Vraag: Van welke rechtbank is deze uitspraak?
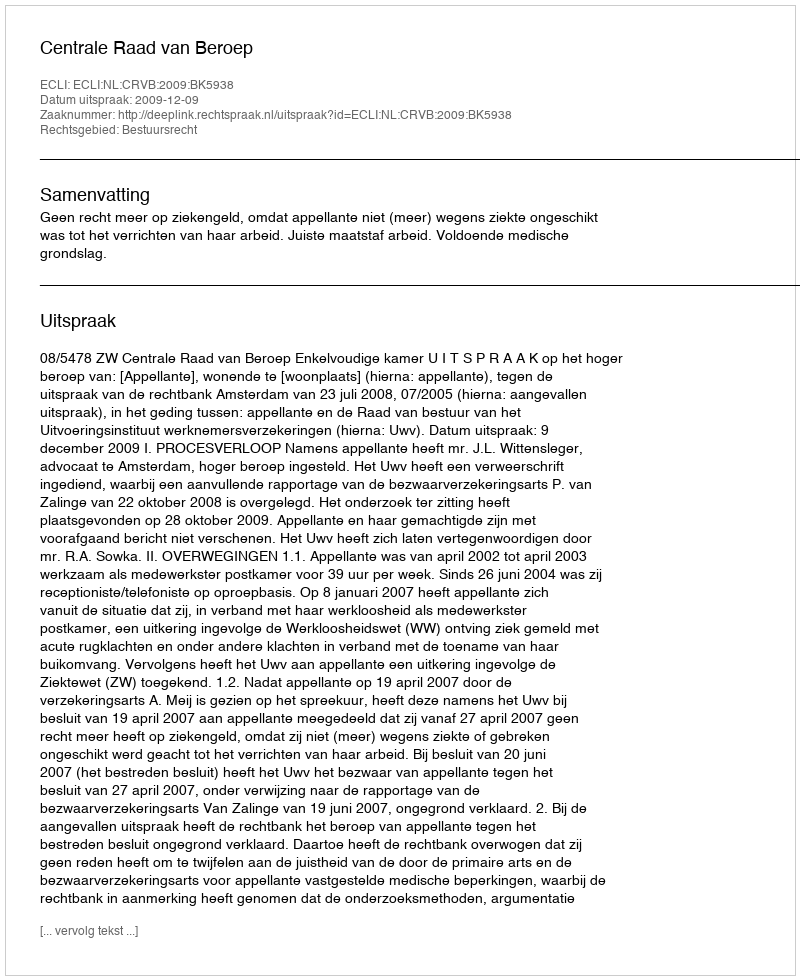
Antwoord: Centrale Raad van Beroep